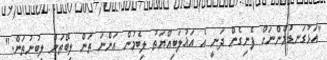
"އަޅުގަނޑުމެންނަށް ފެނިގެން ދަނީ އެ އަޣުލަބިއްޔަތު ލިބެމުން އަންނަ ތަން ލިބޭތަން ލިބުނުތަން."